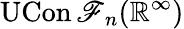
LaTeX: \operatorname{UCon\mathscr{F}}_{n}(\mathbb{{R}}^{\infty})